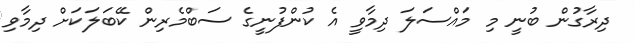
ދިރާގުން ބުނީ މި މައްސަލަ ދިމާވީ އެ ކުންފުނީގެ ސަބްމެރިން ކޭބަލަކަށް ދިމާވި